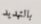
بالتهديد